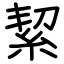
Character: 絜